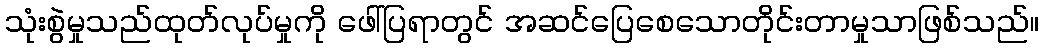
သုံးစွဲမှုသည်ထုတ်လုပ်မှုကို ဖေါ်ပြရာတွင် အဆင်ပြေစေသောတိုင်းတာမှုသာဖြစ်သည်။